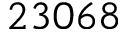
2 3 0 6 8